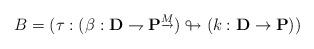
LaTeX: \begin{align*}B=(\tau:(\beta:\mathbf{D}\rightharpoondown \mathbf{P}^{\underrightarrow{M}})\looparrowright (k:\mathbf{D}\rightarrow \mathbf{P}))\end{align*}